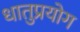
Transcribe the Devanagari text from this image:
धातुप्रयोग